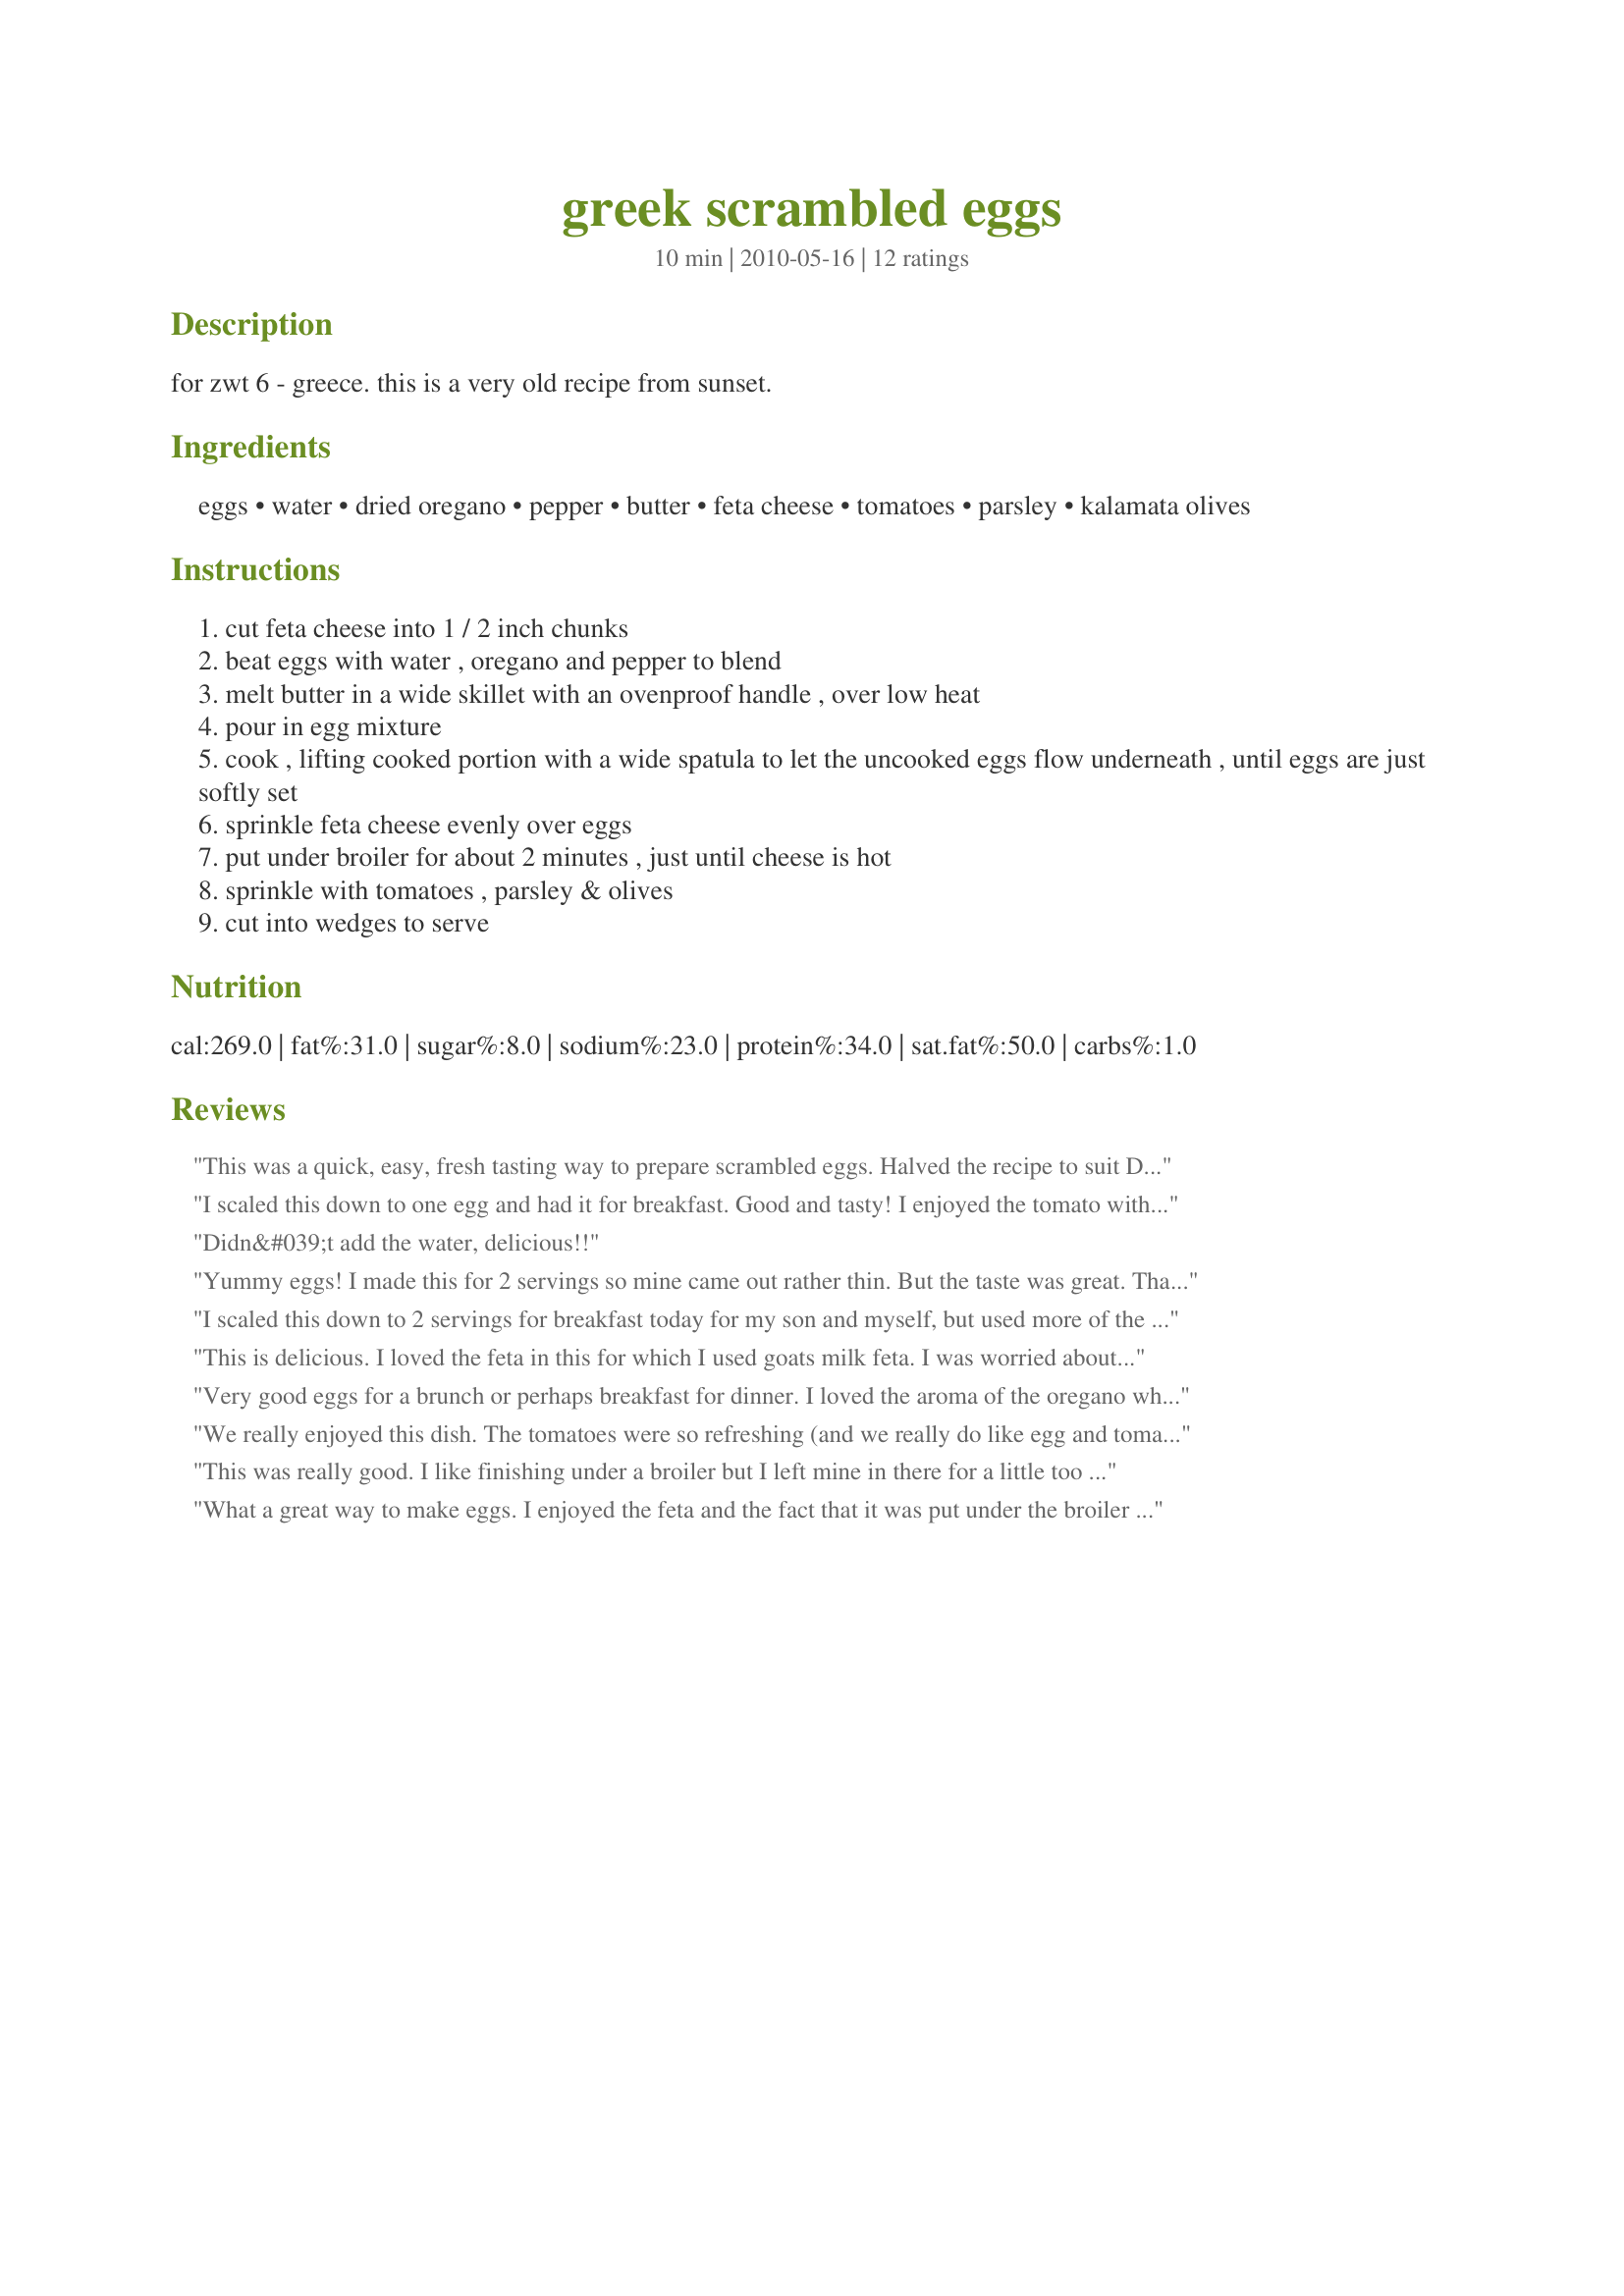
greek scrambled eggs
Preparation time: 10 minutes

for zwt 6 - greece. this is a very old recipe from sunset.

Ingredients:
eggs, water, dried oregano, pepper, butter, feta cheese, tomatoes, parsley, kalamata olives

Steps:
cut feta cheese into 1 / 2 inch chunks
beat eggs with water , oregano and pepper to blend
melt butter in a wide skillet with an ovenproof handle , over low heat
pour in egg mixture
cook , lifting cooked portion with a wide spatula to let the uncooked eggs flow underneath , until eggs are just softly set
sprinkle feta cheese evenly over eggs
put under broiler for about 2 minutes , just until cheese is hot
sprinkle with tomatoes , parsley & olives
cut into wedges to serve

Reviews:
This was a quick, easy, fresh tasting way to prepare scrambled eggs. Halved the recipe to suit DH and myself. Thanks! Made for ZWT6.
I scaled this down to one egg and had it for breakfast. Good and tasty! I enjoyed the tomato with it and of course the kalamata olives too! Thanks! Made for ZWT#6 by a Looney Spoon Phoodie!
Didn&#039;t add the water, delicious!!
Yummy eggs! I made this for 2 servings so mine came out rather thin. But the taste was great. Thanks Pesto lover for a nice treat. Made by an Unruly Under the Influence for ZWT6.
I scaled this down to 2 servings for breakfast today for my son and myself, but used more of the tomato, parsley and olives than the scaled-down version called for. We served this wonderfully-flavourful eggs in whole-wheat pita breads for a &#039;greek burrito&#039; breakfast. Yummy!
This is delicious. I loved the feta in this for which I used goats milk feta. I was worried about it not containing any salt and had my sea salt ready but it doesn't need it! I did not add kalamata olives as I didn't have any. I was also unable to cut these "scrambled eggs" into wedges. This is a good overall scrabbled eggs I would make again. Made for ZWT6 Greece/Cyprus region, for my team, The Ya Ya Cookerhood.
Very good eggs for a brunch or perhaps breakfast for dinner. I loved the aroma of the oregano while cooking (pizza!). The fresh parsley made the flavors pop! Made for ZWT 6.
We really enjoyed this dish. The tomatoes were so refreshing (and we really do like egg and tomato dishes). I think they blended quite well with the feta and herbs used in this scrambled egg dish. Thanks for sharing your recipe, Pesto Lover. Made for Zaar World Tour #6.
This was really good. I like finishing under a broiler but I left mine in there for a little too long. I just made 1 serving so no need to cut into serving wedges. Made for ZWT6.
What a great way to make eggs. I enjoyed the feta and the fact that it was put under the broiler for a nice cheese taste. I use heirloom tomatoes from my garden and with the olives this was a nice topping to the eggs. Made for ZWT9.
Quick, faultless and delish ! I mixed my feta through and so skipped the grill bit. Discovered the olive jar empty so dropped in a weeny handful of bacon - such a great quick meal. Made for ZWT 6.
Enjoyed for ZWT9- made a great lunch. Recipe scaled down to serve one- otherwise made as written. The oregano, tomato, olive and parsley made this a very tasty dish. Photo also to be posted
